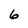
Character: 6